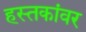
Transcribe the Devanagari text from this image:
हस्तकांवर